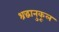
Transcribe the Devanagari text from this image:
श्रद्धानुकूल